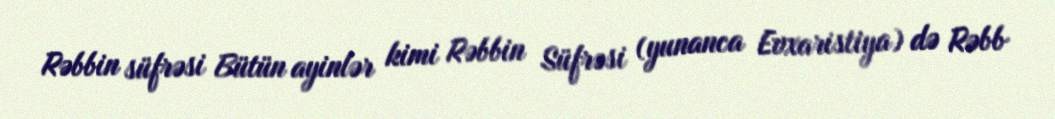
Rəbbin süfrəsi Bütün ayinlər kimi Rəbbin Süfrəsi (yunanca Evxaristiya) də Rəbb